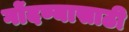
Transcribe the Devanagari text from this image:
गोंदण्यासाठी